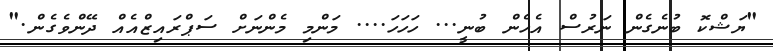
"ޔަޝްކޮ ބުނެގެން ނަރުސް އެހެން ބުނީ... ހަހަހަ.... މަންމި މެންނަށް ސަޕްރައިޒްއެއް ދޭންވެގެން."